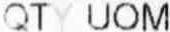
QTY UOM